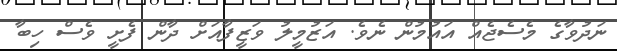
ނަދުވާގެ މެސެޖެއް އައުމުން ނެވެ. އަޒުމީލު ވަޒީފާއަށް ދާން ފެށީ ވެސް ހިބާ